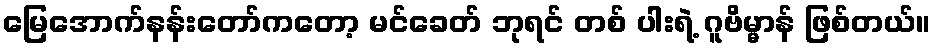
မြေအောက်နန်းတော်ကတော့ မင်ခေတ် ဘုရင် တစ် ပါးရဲ့ ဂူဗိမ္မာန် ဖြစ်တယ်။